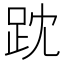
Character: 𧿒